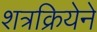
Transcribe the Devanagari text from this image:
शत्रक्रियेने